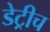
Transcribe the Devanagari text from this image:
डेट्रीच